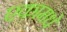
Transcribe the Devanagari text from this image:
एकामधे